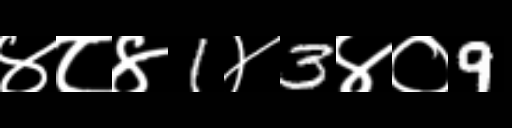
Text: ४८४1४3४०9